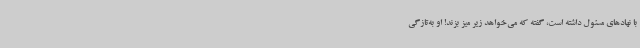
با نهادهای مسئول داشته است، گفته که می‌خواهد زیر میز بزند! او به‌تازگی